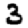
Digit: 3